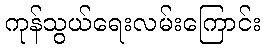
ကုန်သွယ်ရေးလမ်းကြောင်း